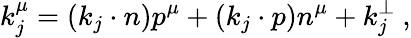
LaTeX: k_{j}^{\mu}=(k_{j}\cdot n)p^{\mu}+(k_{j}\cdot p)n^{\mu}+k_{j}^{\perp}\ ,